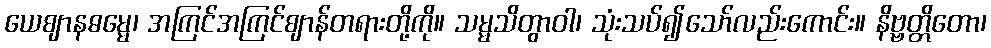
ယေဈာနဓမ္မေ၊ အကြင်အကြင်ဈာန်တရားတို့ကို။ သမ္မသိတွာဝါ၊ သုံးသပ်၍သော်လည်းကောင်း။ နိဗ္ဗတ္တိတော၊